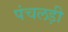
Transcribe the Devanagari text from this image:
पंचलड़ी